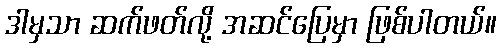
ဒါမှသာ ဆက်ဖတ်လို့ အဆင်ပြေမှာ ဖြစ်ပါတယ်။